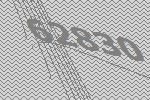
62830